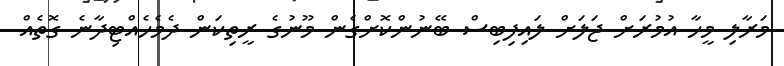
މަރާލި މީހާ އުމުރަށް ޖަލަށް ލައިފިބިސް ބޭނުންކޮށްގެން މޫނުގެ ރީތިކަން ދެމެހެއްޓިދާނެ ގޮތެއް